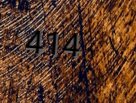
414